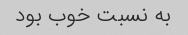
به نسبت خوب بود